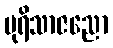
ပုရိသာဇညော